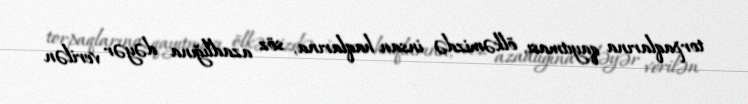
torpaqlarına qayıtması, ölkəmizdə insan haqlarına, söz azadlığına dəyər verilən